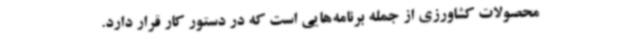
محصولات کشاورزی از جمله برنامه‌هایی است که در دستور کار قرار دارد.